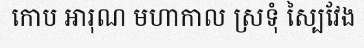
កោប អារុណ មហាកាល ស្រទុំ ស្បៃវែង